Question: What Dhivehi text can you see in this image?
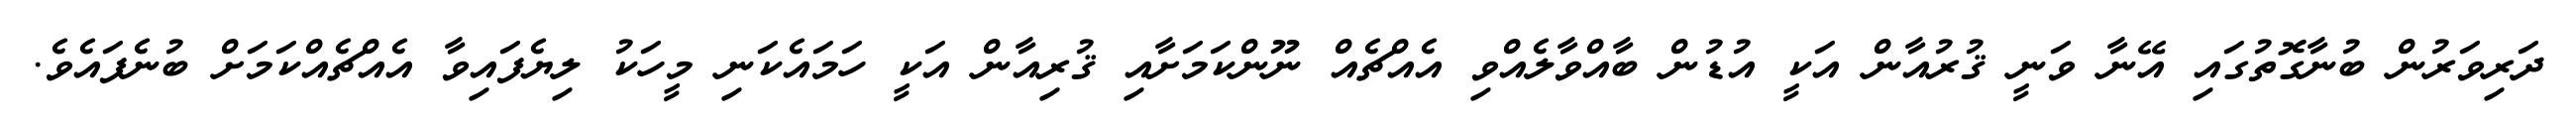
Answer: ދަރިވަރުން ބުނާގޮތުގައި އޭނާ ވަނީ ޤުރުއާން އަކީ އުޑުން ބާއްވާލެއްވި އެއްޗެއް ނޫންކަމަށާއި ޤުރިއާން އަކީ ހަމައެކަނި މީހަކު ލިޔެފައިވާ އެއްޗެއްކަމަށް ބުނެފައެވެ.